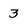
Character: 3